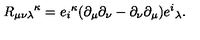
{ R _ { \mu \nu \lambda } } ^ { \kappa } = { e _ { i } } ^ { \kappa } ( \partial _ { \mu } \partial _ { \nu } - \partial _ { \nu } \partial _ { \mu } ) { e ^ { i } } _ { \lambda } .